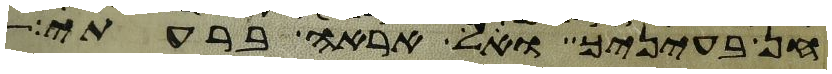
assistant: חן בעיניך ואל אראה ברעתי